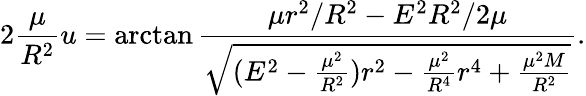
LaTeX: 2{\frac{\mu}{R^{2}}}u=\arctan{\frac{\mu r^{2}/R^{2}-E^{2}R^{2}/2\mu}{\sqrt{(E^{2}-{\frac{\mu^{2}}{R^{2}}})r^{2}-{\frac{\mu^{2}}{R^{4}}}r^{4}+{\frac{\mu^{2}M}{R^{2}}}}}}.